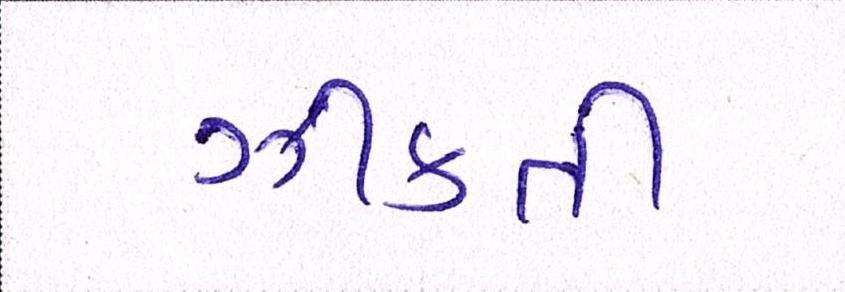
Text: ઝીંકતી